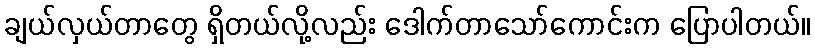
ချယ်လှယ်တာတွေ ရှိတယ်လို့လည်း ဒေါက်တာသော်ကောင်းက ပြောပါတယ်။